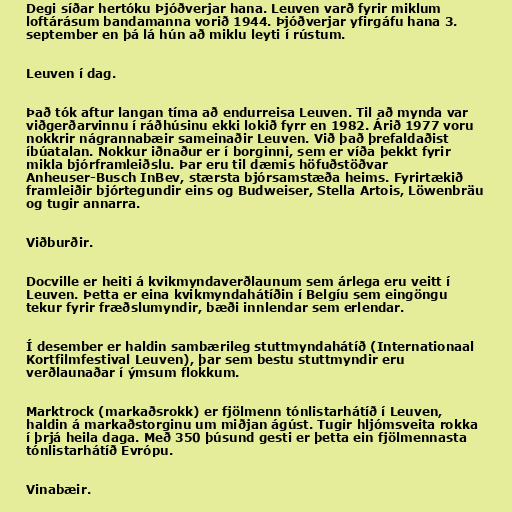
Degi síðar hertóku Þjóðverjar hana. Leuven varð fyrir miklum
loftárásum bandamanna vorið 1944. Þjóðverjar yfirgáfu hana 3.
september en þá lá hún að miklu leyti í rústum.

Leuven í dag.

Það tók aftur langan tíma að endurreisa Leuven. Til að mynda var
viðgerðarvinnu í ráðhúsinu ekki lokið fyrr en 1982. Árið 1977 voru
nokkrir nágrannabæir sameinaðir Leuven. Við það þrefaldaðist
íbúatalan. Nokkur iðnaður er í borginni, sem er víða þekkt fyrir
mikla bjórframleiðslu. Þar eru til dæmis höfuðstöðvar
Anheuser-Busch InBev, stærsta bjórsamstæða heims. Fyrirtækið
framleiðir bjórtegundir eins og Budweiser, Stella Artois, Löwenbräu
og tugir annarra.

Viðburðir.

Docville er heiti á kvikmyndaverðlaunum sem árlega eru veitt í
Leuven. Þetta er eina kvikmyndahátíðin í Belgíu sem eingöngu
tekur fyrir fræðslumyndir, bæði innlendar sem erlendar.

Í desember er haldin sambærileg stuttmyndahátíð (Internationaal
Kortfilmfestival Leuven), þar sem bestu stuttmyndir eru
verðlaunaðar í ýmsum flokkum.

Marktrock (markaðsrokk) er fjölmenn tónlistarhátíð í Leuven,
haldin á markaðstorginu um miðjan ágúst. Tugir hljómsveita rokka
í þrjá heila daga. Með 350 þúsund gesti er þetta ein fjölmennasta
tónlistarhátíð Evrópu.

Vinabæir.